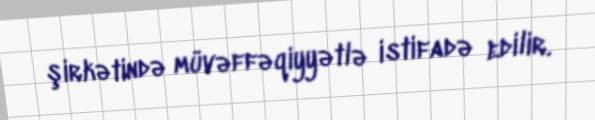
şirkətində müvəffəqiyyətlə istifadə edilir.